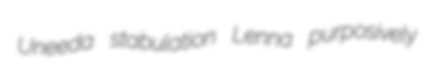
Uneeda stabulation Lenna purposively